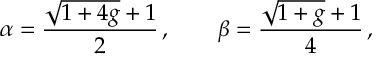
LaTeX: \alpha = \frac { \sqrt { 1 + 4 g } + 1 } { 2 } \, , \qquad \beta = \frac { \sqrt { 1 + g } + 1 } { 4 } \, ,